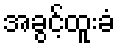
အခွင့်ထူးခံ